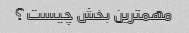
مهمترین بخش چیست؟